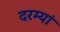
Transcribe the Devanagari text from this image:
दरम्‍यां